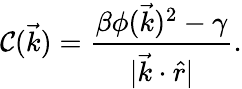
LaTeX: \mathcal{C}(\vec{{k}})=\frac{{\beta\phi(\vec{{k}})^{2}-\gamma}}{{|\vec{{k}}\cdot\hat{{r}}|}}.